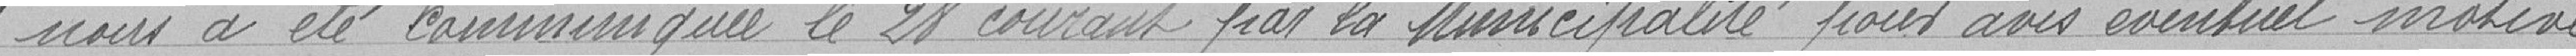
nous a été communiquée le 21 courant par la Municipalité pour avis éventuel motive